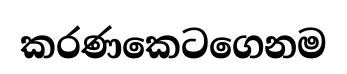
කරණකෙටගෙනම